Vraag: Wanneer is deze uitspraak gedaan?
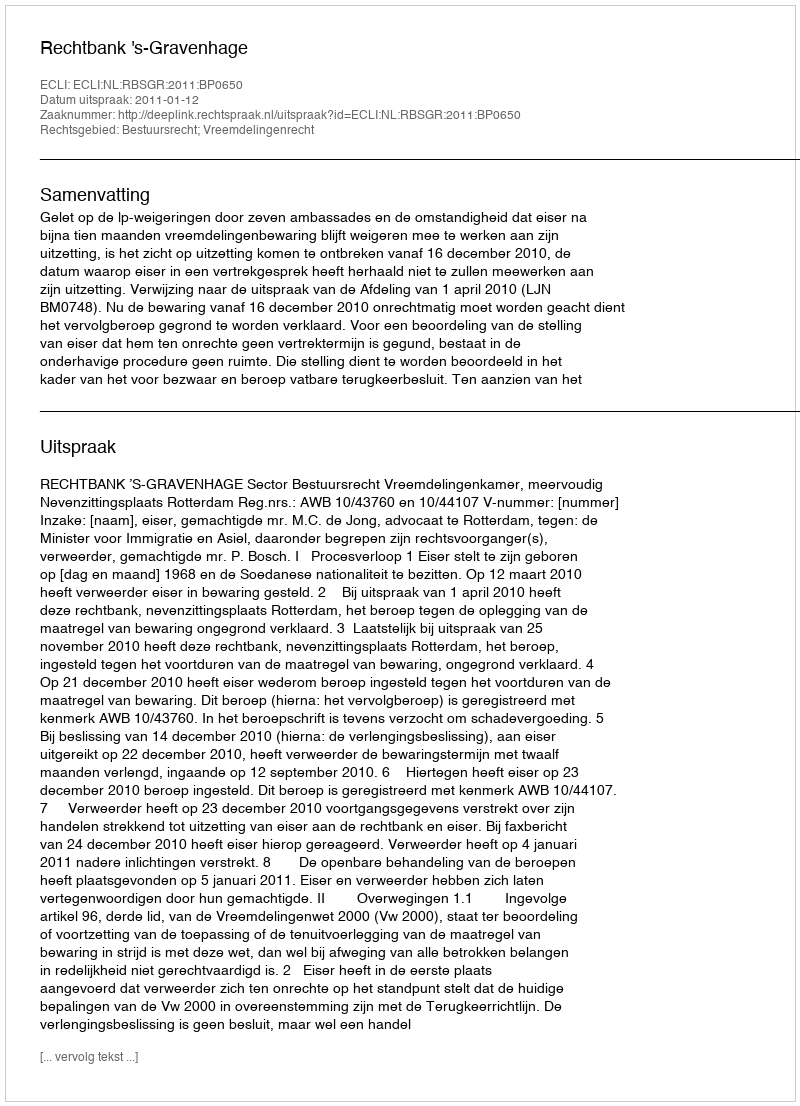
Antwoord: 2011-01-12